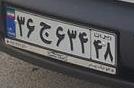
۳۶ج۶۳۴۴۸